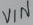
Text: VIN